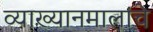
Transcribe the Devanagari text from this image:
व्याख्यानमालांचे